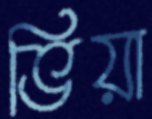
ভিয়া